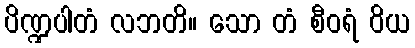
ပိဏ္ဍပါတံ လဘတိ။ သော တံ စီဝရံ ဝိယ